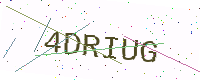
Text: 4DRIUG